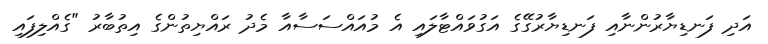
އަދި ފަނޑިޔާރުންނާއި ފަނޑިޔާރުގޭގެ އަގުވައްޓާލައި އެ މުއައްސަސާއާ މެދު ރައްޔިތުންގެ އިތުބާރު "ގެއްލިފައި